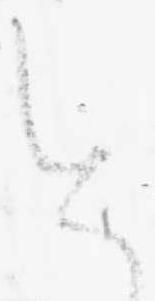
を